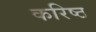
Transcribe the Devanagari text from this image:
करिष्ठ